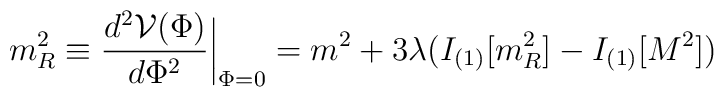
m_R^2\equiv {\frac {d^2 {\cal V}(\Phi)}{d \Phi^2}}\biggr |_{\Phi=0}=m^2           +3\lambda(I_{(1)}[m_R^2]-I_{(1)}[M^2])